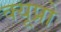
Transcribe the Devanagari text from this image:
क्यूप्रो